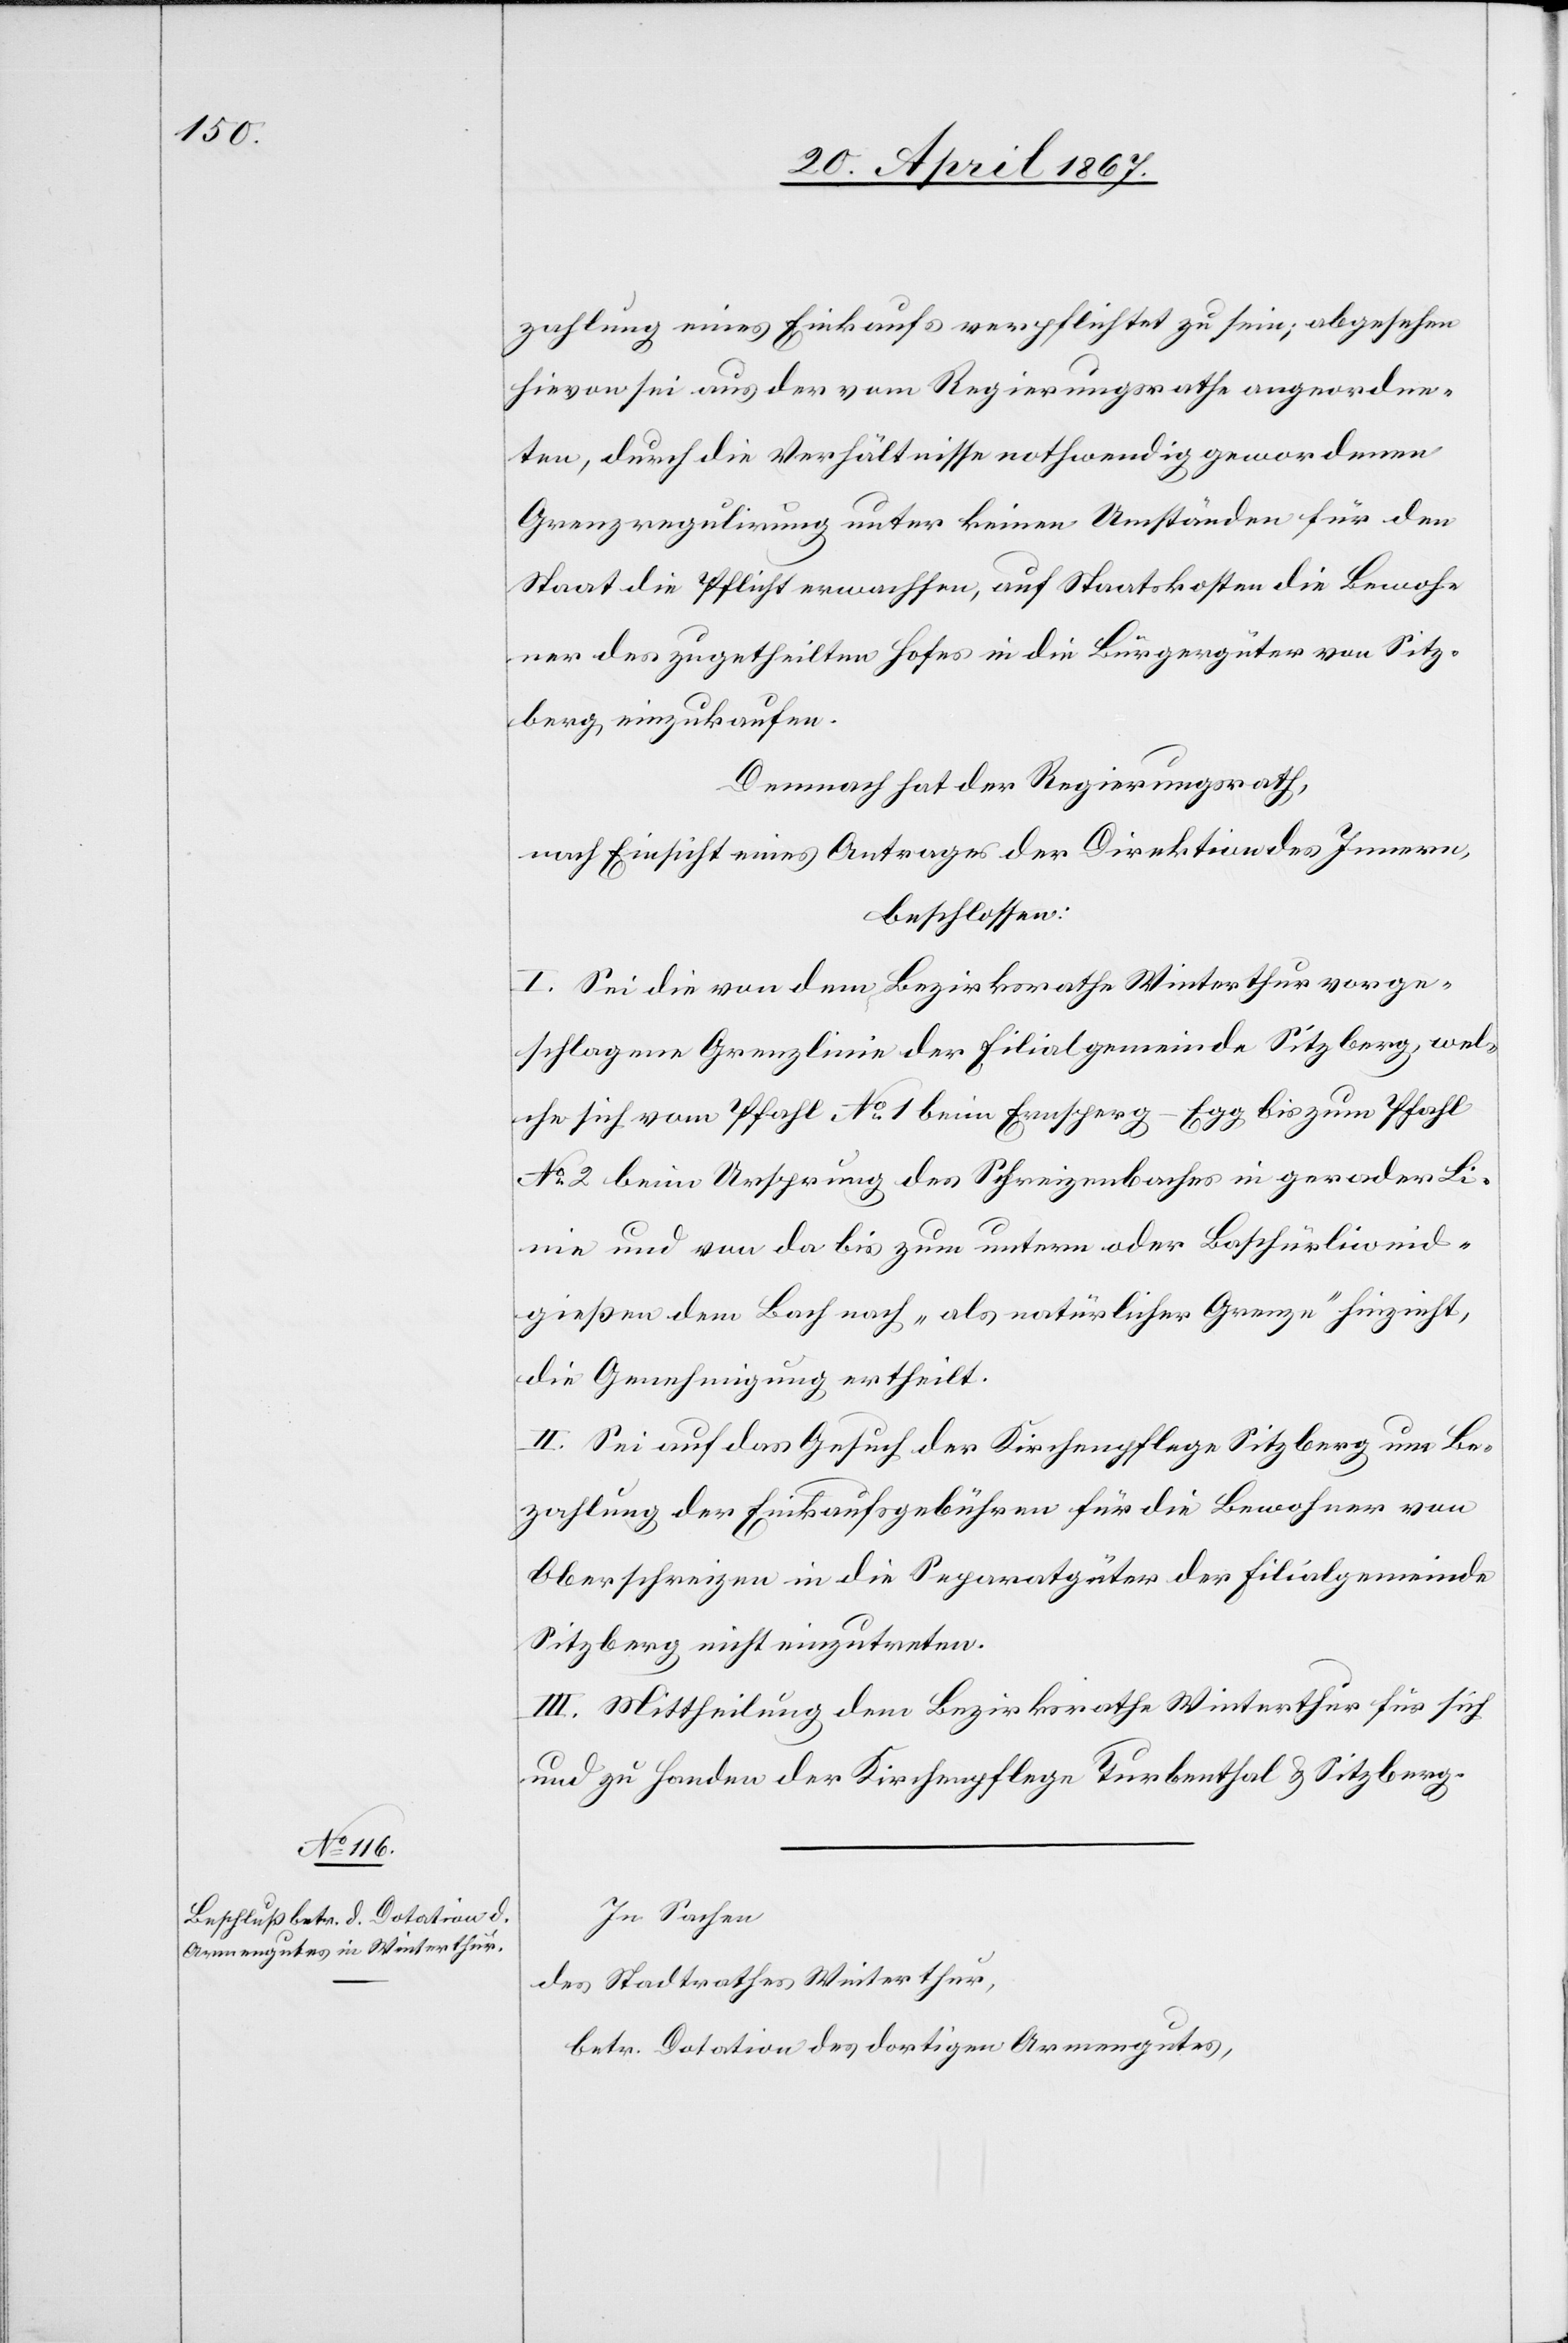
zahlung eines Einkaufs verpflichtet zu sein; abgesehen
hievon sei aus der vom Regierungsrathe angeordne¬
ten, durch die Verhältnisse nothwendig gewordenen
Grenzregulirung unter keinen Umständen für den
Staat die Pflicht erwachsen, auf Staatskosten die Bewoh¬
ner des zugetheilten Hofes in die Bürgergüter von Sitz¬
berg einzukaufen.
Demnach hat der Regierungsrath,
nach Einsicht eines Antrages der Direktion des Innern,
beschlossen:
I. Sei die von dem Bezirksrathe Winterthur vorge¬
schlagene Grenzlinie der Filialgemeinde Sitzberg, wel¬
che sich vom Pfahl No. 1 beim Ernsperg-Egg bis zum Pfahl
No. 2 beim Ursprung des Schreizenbaches in gerader Li¬
nie und von da bis zum untern oder Baschürliweid¬
gießen dem Bach nach „als natürliche Grenze“ hinzieht,
die Genehmigung ertheilt.
II. Sei auf das Gesuch der Kirchenpflege Sitzberg um Be¬
zahlung der Einkaufsgebühren für die Bewohner von
Oberschreizen in die Separatgüter der Filialgemeinde
Sitzberg nicht einzutreten.
III. Mittheilung dem Bezirksrathe Winterthur für sich
und zu Handen der Kirchenpflege Turbenthal u. Sitzberg.
In Sachen
des Stadtrathes Winterthur,
betr. Dotation des dortigen Armengutes,